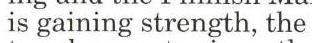
is gaining strength, the